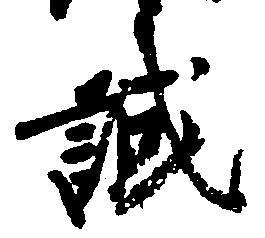
誠